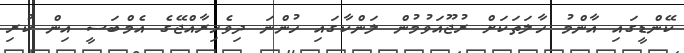
ކޭންޑީގައި އާންމު ހާލަތަކަށް ރުޖޫއަވުމުން ލަންކާގައި ހުންނަ ދިވެހިރާއްޖޭގެ އެމްބަސީ އިން ކުރި